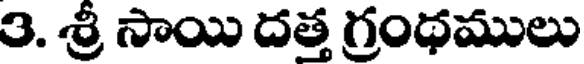
3. శ్రీ సాయి దత్త గ్రంథములు